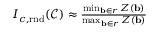
\begin{array} { r } { I _ { c , \mathrm { r n d } } ( \mathcal { C } ) \approx \frac { \operatorname* { m i n } _ { \mathbf { b } \in r } Z ( \mathbf { b } ) } { \operatorname* { m a x } _ { \mathbf { b } \in r } Z ( \mathbf { b } ) } } \end{array}